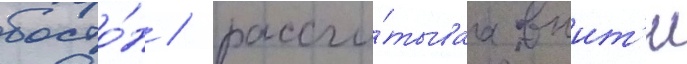
босто́н / рассчи́тываа выит'и